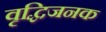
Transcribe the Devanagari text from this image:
वृद्धिजनक